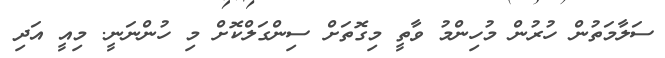
ސަލާމަތުން ހުރުން މުހިންމު ވާތީ މިގޮތަށް ސިންގަލްކޮށް މި ހުންނަނީ. މިއީ އަދި